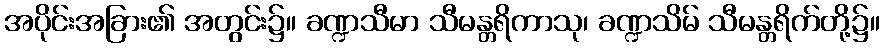
အပိုင်းအခြား၏ အတွင်း၌။ ခဏ္ဍသီမာ သီမန္တရိကာသု၊ ခဏ္ဍသိမ် သီမန္တရိက်တို့၌။